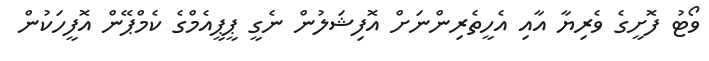
ވޯޓު ފޮށީގެ ވެރިޔާ އާއި އެހީތެރިންނަށް އޮފިޝަލުން ނެގީ ޕީޕީއެމްގެ ކެމްޕޭން އޮފީހަކުން